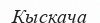
Кыскача